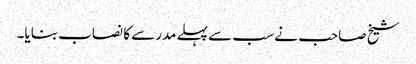
شیخ صاحب نے سب سے پہلے مدرسے کا نصاب بنایا۔